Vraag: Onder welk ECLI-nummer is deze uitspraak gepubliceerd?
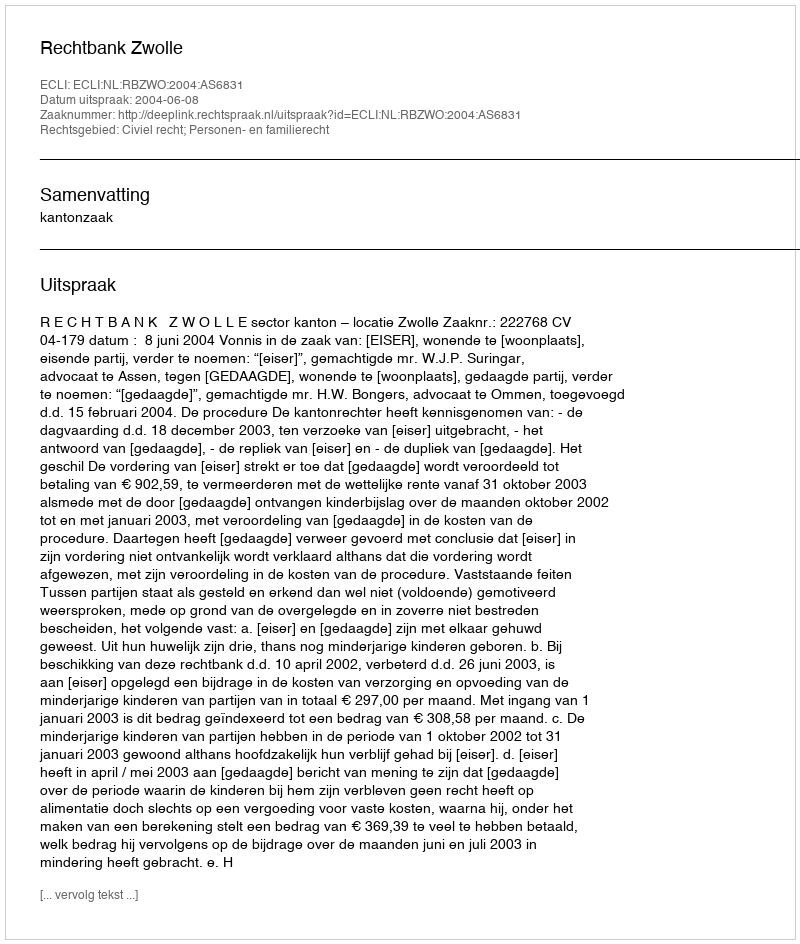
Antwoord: ECLI:NL:RBZWO:2004:AS6831